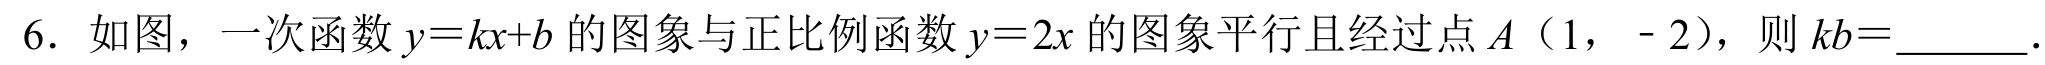
6. 如图，一次函数\(y = kx + b\)的图象与正比例函数\(y = 2x\)的图象平行且经过点\(A(1,-2)\)，则\(kb=\)_______.